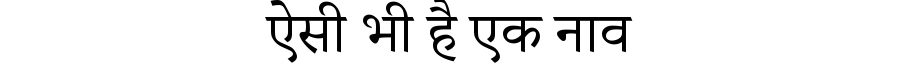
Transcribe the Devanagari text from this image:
ऐसी भी है एक नाव